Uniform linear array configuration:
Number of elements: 32
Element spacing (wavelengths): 0.25
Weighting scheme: cosine
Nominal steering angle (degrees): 15
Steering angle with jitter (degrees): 13.423
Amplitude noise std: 0.05
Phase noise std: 0.05

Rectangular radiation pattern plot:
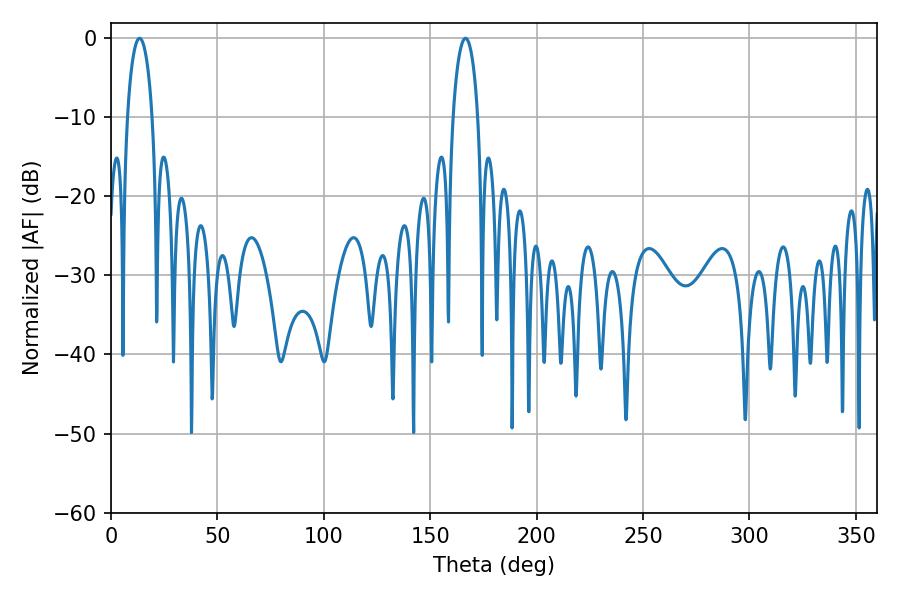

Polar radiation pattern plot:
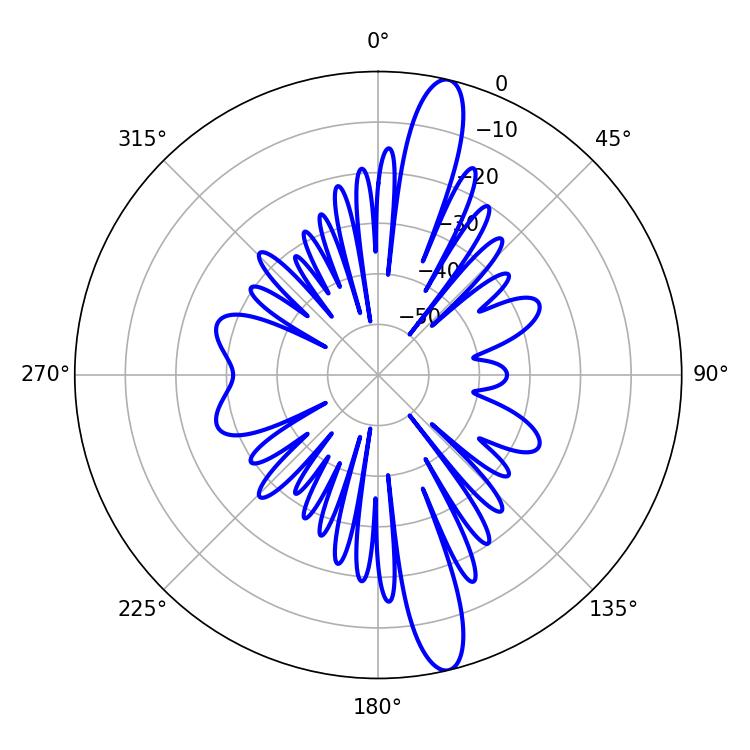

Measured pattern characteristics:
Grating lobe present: FALSE
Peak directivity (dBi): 15.282
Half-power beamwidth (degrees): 6.66
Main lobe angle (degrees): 13.5